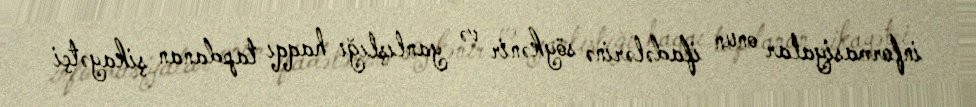
informasiyalar onun ifadələrinə söykənir və yanlışlığı haqqı tapdanan şikayətçi